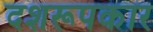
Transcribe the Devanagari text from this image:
दशरूपकार